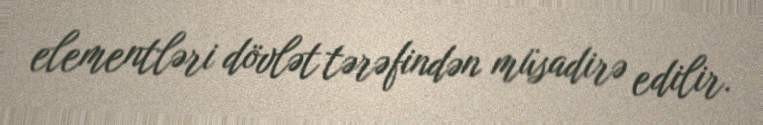
elementləri dövlət tərəfindən müsadirə edilir.